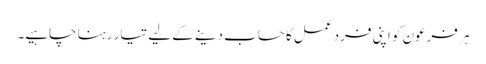
ہر فرعون کو اپنی فرد عمل کا حساب دینے کے لیے تیار رہنا چاہیے۔